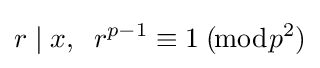
r\mid x,\;\;r^{p-1}\equiv 1\;(\!{\bmod {p^{2}}})